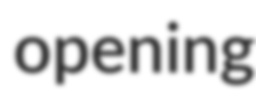
opening